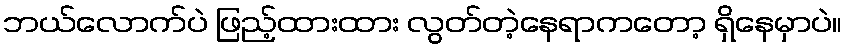
ဘယ်လောက်ပဲ ဖြည့်ထားထား လွတ်တဲ့နေရာကတော့ ရှိနေမှာပဲ။